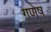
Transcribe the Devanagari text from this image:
गणेष